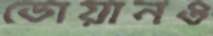
ডোয়ানও